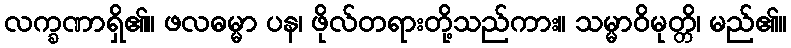
လက္ခဏာရှိ၏။ ဖလဓမ္မာ ပန၊ ဖိုလ်တရားတို့သည်ကား။ သမ္မာဝိမုတ္တိ၊ မည်၏။